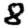
Digit: 8